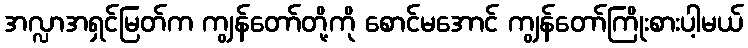
အလ္လာအရှင်မြတ်က ကျွန်တော်တို့ကို စောင်မအောင် ကျွန်တော်ကြိုးစားပါ့မယ်